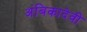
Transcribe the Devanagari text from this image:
अंबिकादेवी